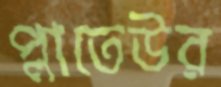
প্লাতেউর